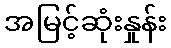
အမြင့်ဆုံးနှုန်း